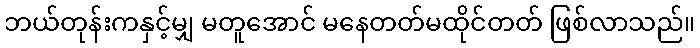
ဘယ်တုန်းကနှင့်မျှ မတူအောင် မနေတတ်မထိုင်တတ် ဖြစ်လာသည်။